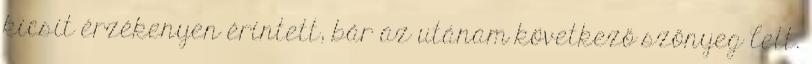
kicsit érzékenyen érintett, bár az utánam következő szőnyeg lett.